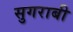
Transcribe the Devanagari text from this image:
सुगराबी